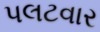
પલટવાર